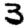
Digit: 3